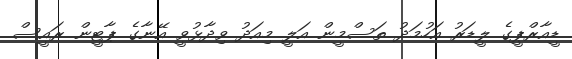
ޑީއާރްޕީގެ ލީޑަރު އަހުމަދު ތަސްމީން އަލީ މިއަދު ވިދާޅުވީ އޭނާގެ ޕާޓީން ރައީސް